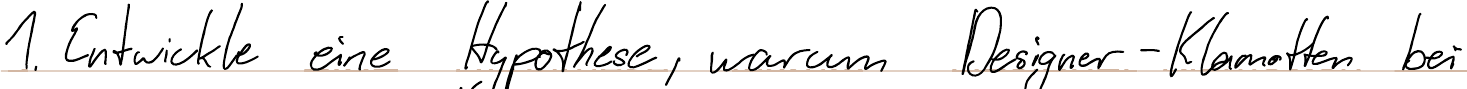
1. Entwickle eine Hypothese, warum Designer-Klamotten bei